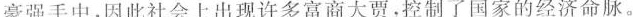
豪强手中，因此社会上出现许多富商大贾，控制了国家的经济命脉。